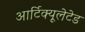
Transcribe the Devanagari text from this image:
आर्टिक्यूलेटेड